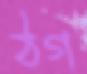
ঠগ